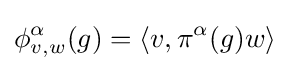
\phi _{v,w}^{\alpha }(g)=\langle v,\pi ^{\alpha }(g)w\rangle